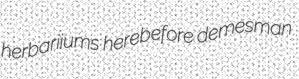
herbariiums herebefore demesman